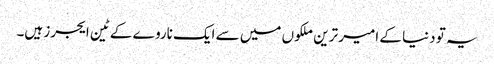
یہ تو دنیا کے امیر ترین ملکوں میں سے ایک ناروے کے ٹین ایجرز ہیں۔